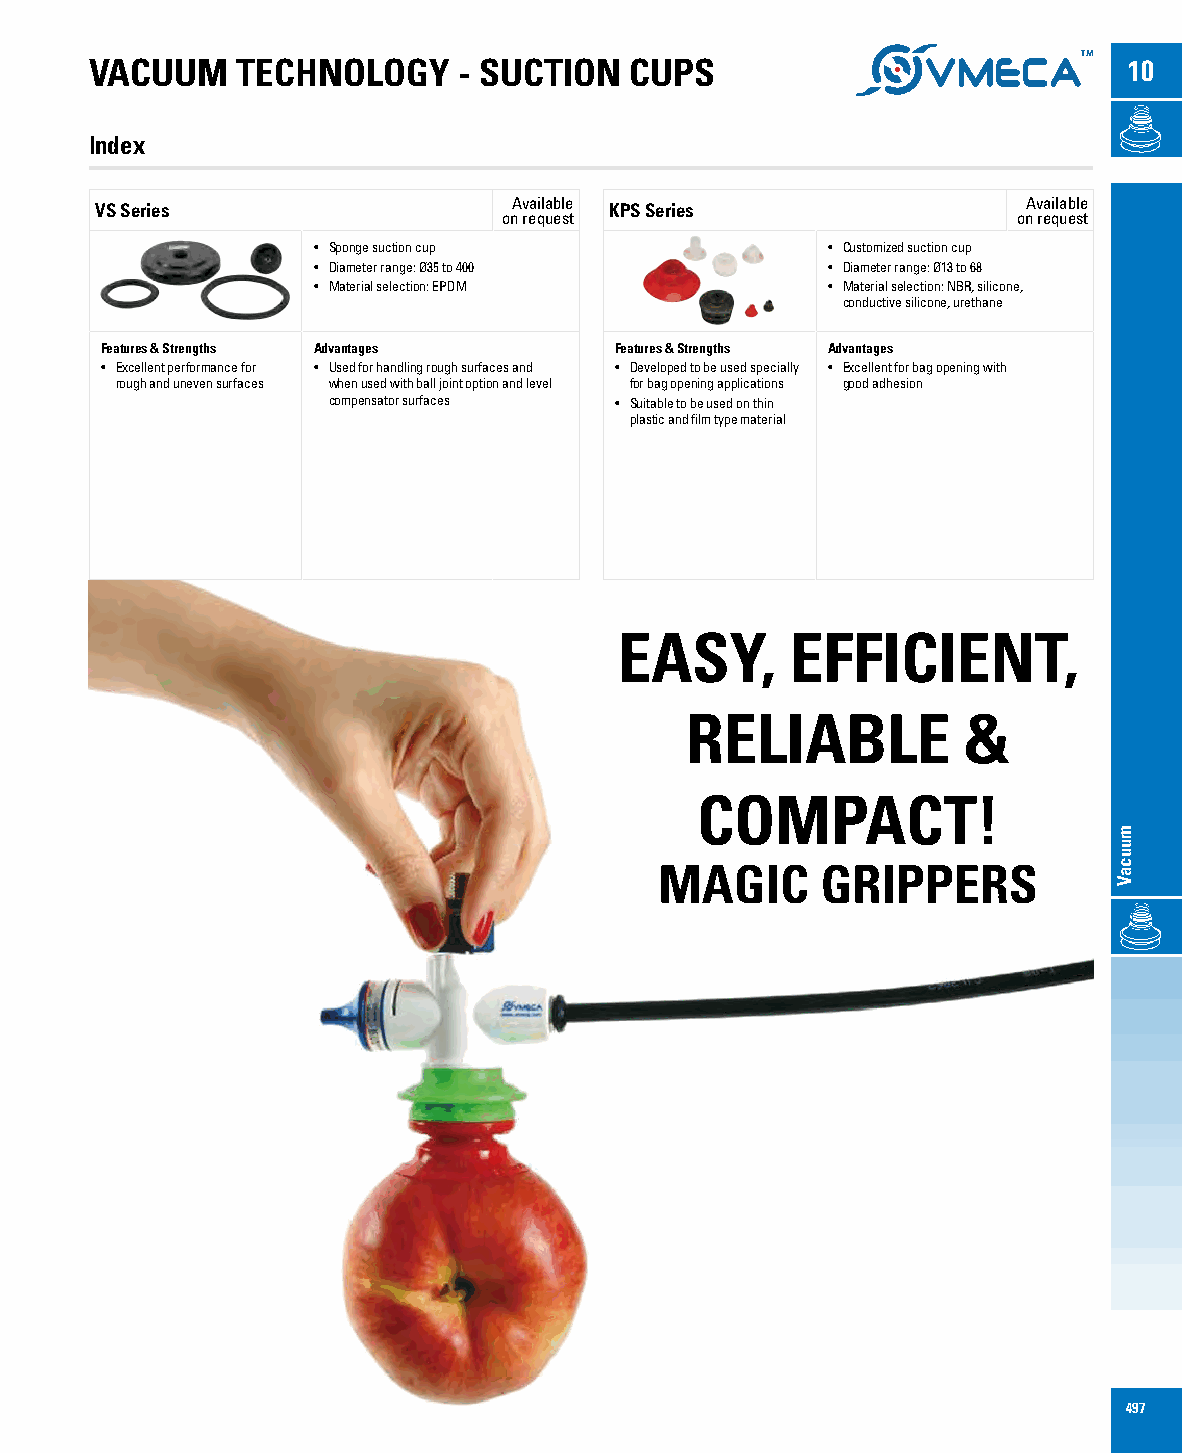
VACUUM    TECHNOLOGY    - SUCTION   CUPS                             10
 Index
 Available                         Available
 VS Series                         KPS Series
 on request                        on request
 • Sponge suction cup              • Customized suction cup
 • Diameter range: Ø35 to 400      • Diameter range: Ø13 to 68
 • Material selection: EPDM        • Material selection: NBR, silicone,
 conductive silicone, urethane
 Features & Strengths Advantages   Features & Strengths Advantages
 • Excellent performance for • Used for handling rough surfaces and • Developed to be used specially • Excellent for bag opening with
 rough and uneven surfaces when used with ball joint option and level for bag opening applications good adhesion
 compensator surfaces • Suitable to be used on thin
 plastic and film type material
 EASY,      EFFICIENT,
 RELIABLE           &
 COMPACT!
 MAGIC     GRIPPERS
 497
 muucaV